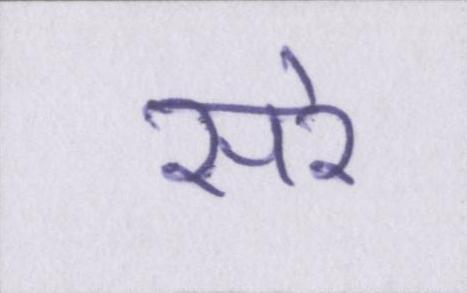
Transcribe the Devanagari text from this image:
सरे